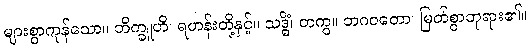
များစွာကုန်သော။ ဘိက္ခူဟိ၊ ရဟန်းတို့နှင့်။ သဒ္ဓိံ၊ တကွ။ ဘဂဝတော၊ မြတ်စွာဘုရား၏။